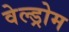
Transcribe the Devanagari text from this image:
वेल्ड्रोम